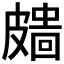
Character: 𥀖